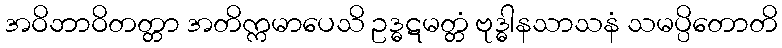
အဝိဘာဝိတတ္တာ အတိက္ကမာပေသိ ဥဒ္ဓဋမတ္တံ ဗုဒ္ဓါနသာသနံ သမပ္ပိတောတိ